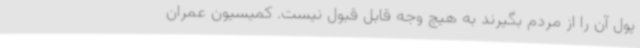
پول آن را از مردم بگیرند به هیچ وجه قابل قبول نیست. کمیسیون عمران